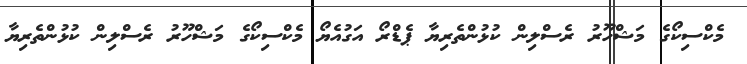
މެކްސިކޯގެ މަޝްހޫރު ރެސްލިން ކުޅުންތެރިޔާ ޕެޑްރޯ އަގުއެޔޯ މެކްސިކޯގެ މަޝްހޫރު ރެސްލިން ކުޅުންތެރިޔާ